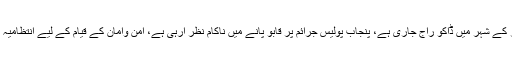
وزیر اعلیٰ پنجاب عثمان بزدار کے شہر میں ڈاکو راج جاری ہے، پنجاب پولیس جرائم پر قابو پانے میں ناکام نظر آرہی ہے، امن وامان کے قیام کے لیے انتظامیہ نے رینجرز کی مدد مانگ لی۔